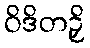
ဝိဒိတဉှိ